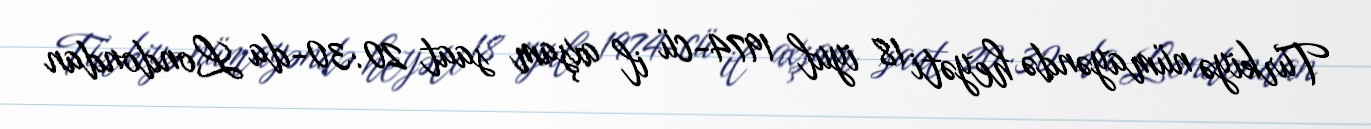
Türkiyə nümayəndə heyəti 18 iyul 1974-cü il axşam saat 20:30-da Londondan